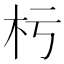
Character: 杇